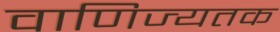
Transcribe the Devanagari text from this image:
वाणिज्यतक